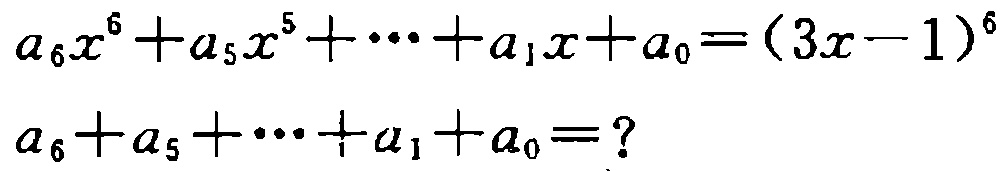
\[
\begin{align*}
a_{6}x^{6}+a_{5}x^{5}+\cdots +a_{1}x + a_{0}&=(3x - 1)^{6}\\
a_{6}+a_{5}+\cdots +a_{1}+a_{0}&=?
\end{align*}
\]